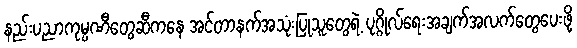
နည်းပညာကုမ္ပဏီတွေဆီကနေ အင်တာနက်အသုံးပြုသူတွေရဲ့ ပုဂ္ဂိုလ်ရေးအချက်အလက်တွေပေးဖို့